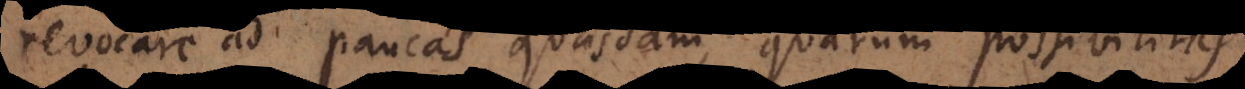
revocare ad paucas quasdam, quarum possibilitas